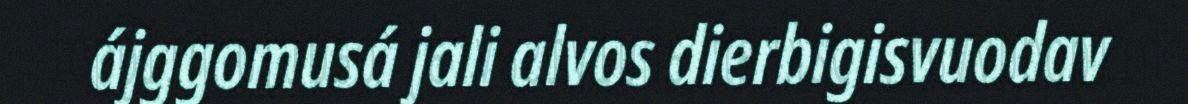
ájggomusá jali alvos dierbigisvuodav